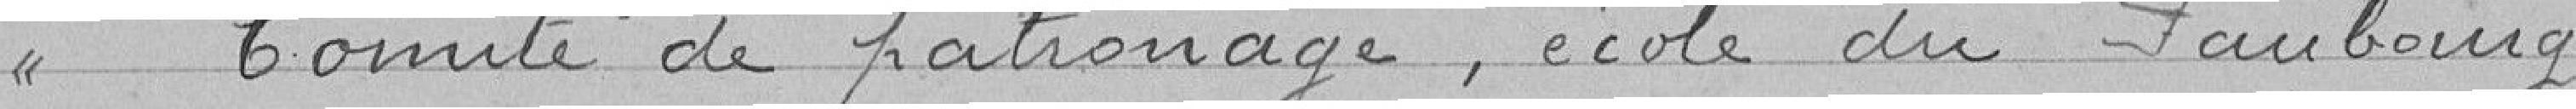
> Comité de patronage, école du Faubourg